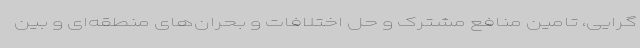
گرایی، تامین منافع مشترک و حل اختلافات و بحران‌های منطقه‌ای و بین